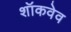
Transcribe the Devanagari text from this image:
शॉकवेव